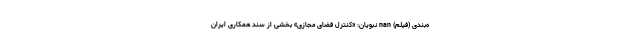
ه‌بندی (فیلم) nan نبویان: «کنترل فضای مجازی» بخشی از سند همکاری ایران